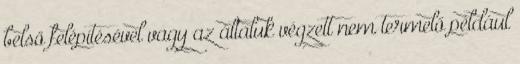
belső felépítésével vagy az általuk végzett nem termelő például